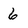
Character: 6